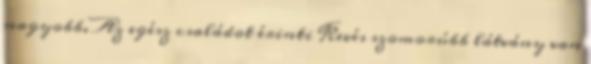
nagyobb. Az egész családot érinti Kevés szomorúbb látvány van